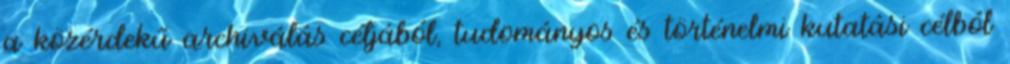
a közérdekű archiválás céljából, tudományos és történelmi kutatási célból